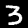
Digit: 3